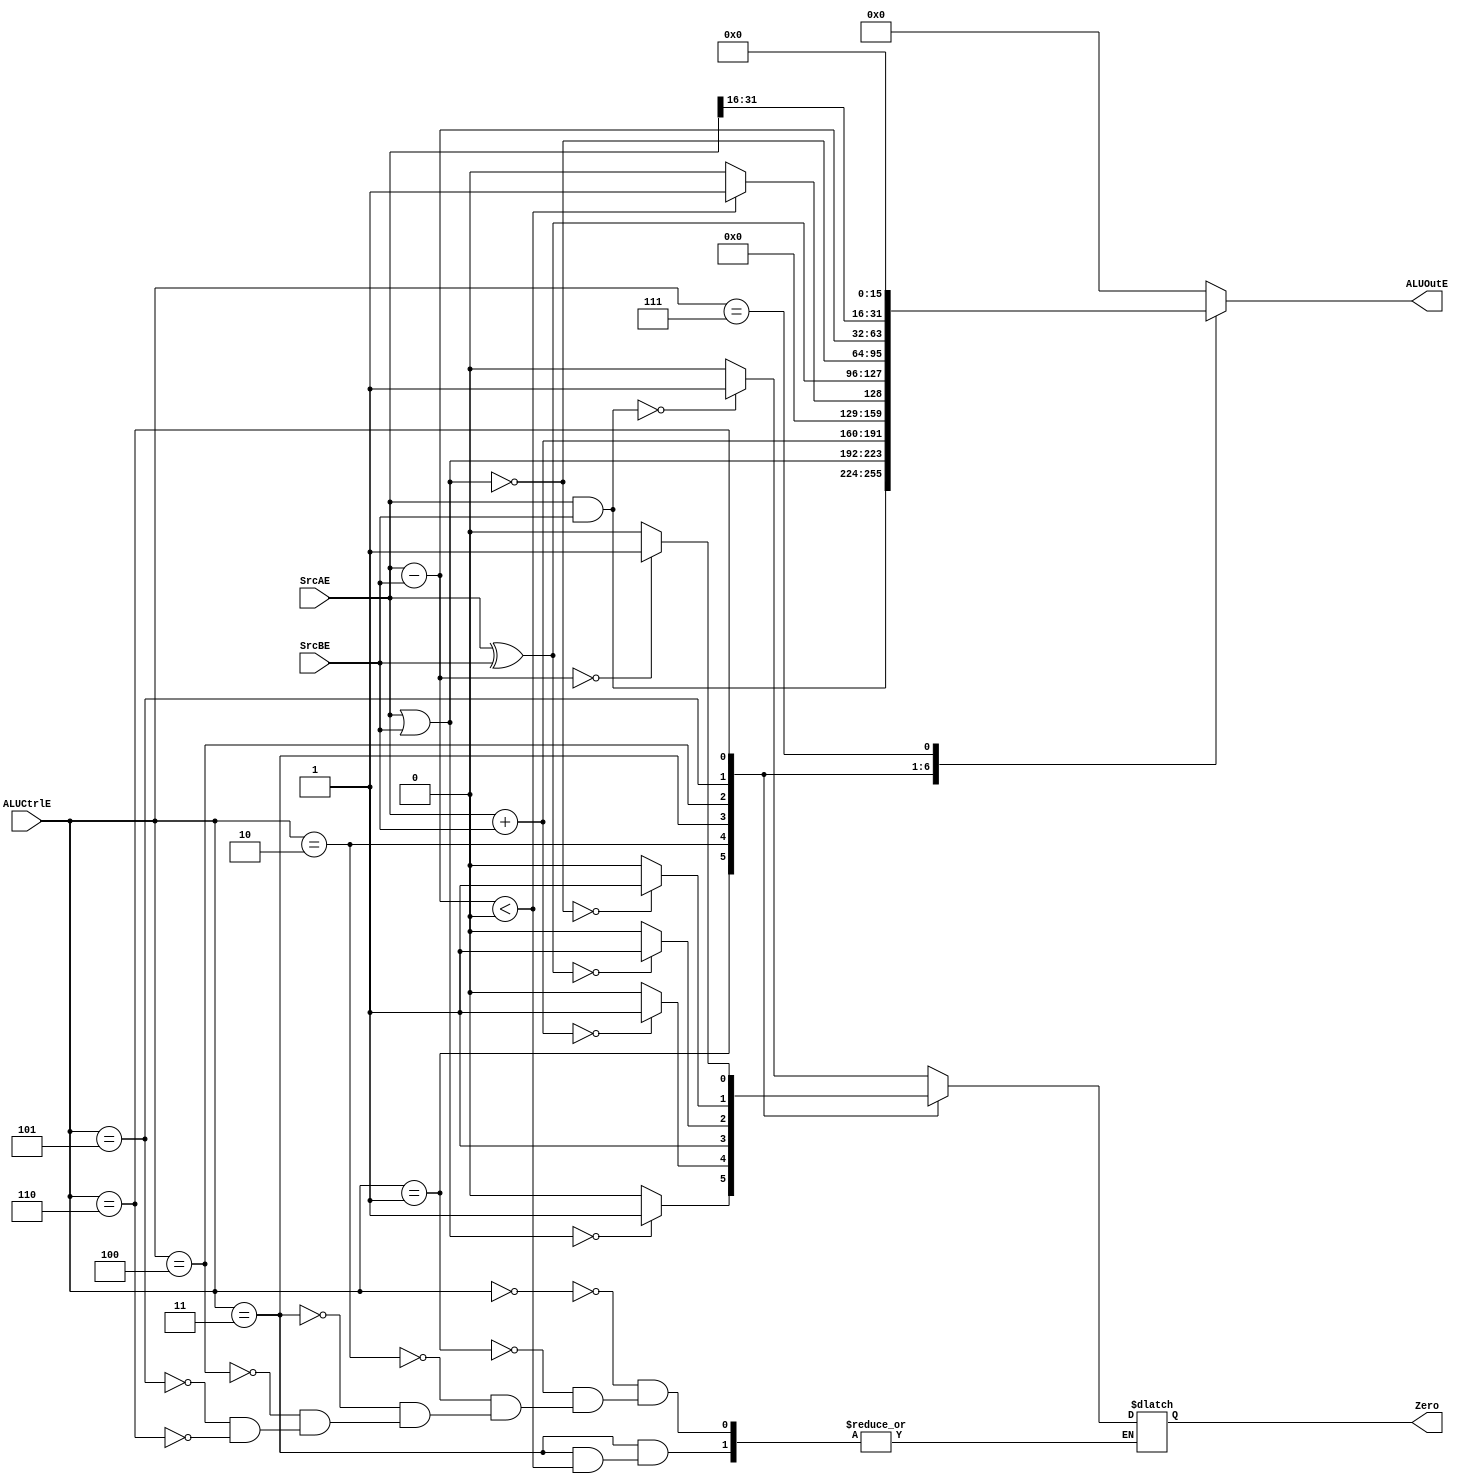
/* ALUCtrlE[2:0]:
0000: and,andi
0001: or,ori
0010: add,addu,addi,addiu
0011: slt,sltu,slti,sltui
0100: xor,xori
0101: nor, 
0110: sub,subu,subi,
0111: lui
1000: 
1001:
1010:
*/


module ALU(
SrcAE,
SrcBE,
ALUCtrlE,
ALUOutE,
Zero
);
input [31:0] SrcAE;
input [31:0] SrcBE;
input [3:0] ALUCtrlE;
output [31:0] ALUOutE;
output Zero;
reg [31:0] ALUOutE;
reg Zero;
always @(SrcAE or SrcBE or ALUCtrlE) 
 begin


case (ALUCtrlE)
  4'b0000: //and
   begin
     ALUOutE = SrcAE & SrcBE;
     if (ALUOutE == 32'b0) 
      Zero = 1'b1;
     else 
      Zero = 1'b0;   
   end//

  4'b0001://OR
   begin
    ALUOutE = SrcAE | SrcBE;
    if (ALUOutE == 32'b0) 
     Zero = 1'b1;    
    else 
     Zero = 1'b0;
      
   end //
   
  4'b0010://add
   begin
     ALUOutE = SrcAE + SrcBE;
     if (ALUOutE == 32'b0)
     Zero = 1'b1;
     else 
     Zero = 1'b0; 
   end//
   
  4'b0011: //slt
   begin
    if ((SrcAE - SrcBE) < 0) 
     ALUOutE = 32'b1;    
    else 
      begin
       ALUOutE = 32'b0; 
       Zero=1;
      end     
   end//
   
  4'b0100: //xor
   begin
     ALUOutE=SrcAE^SrcBE;
     if (ALUOutE ==32'b0)
       Zero=1'b1;
    else
       Zero=1'b0; 
   end
   
  4'b0101://nor
   begin
    ALUOutE = (~(SrcAE|SrcBE));
    if (ALUOutE == 32'b0) 
     Zero = 1'b1;    
    else 
     Zero = 1'b0; 
   end
   
  4'b0110: //sub
   begin
    ALUOutE = SrcAE - SrcBE;
    if (ALUOutE == 32'b0) 
     Zero = 1'b1;
    else 
     Zero = 1'b0;     
   end //
   
  4'b0111: //lui of srcA
   begin
    ALUOutE={SrcAE[31:16],16'b0};
   end
   
  default:ALUOutE=0; 
endcase

end //always


endmodule